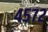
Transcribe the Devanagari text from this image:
४५७२